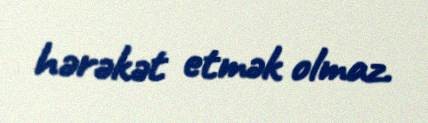
hərəkət etmək olmaz.